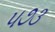
૫૭૩